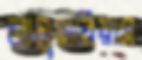
লানুয়ারিয়াস